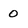
Character: 0